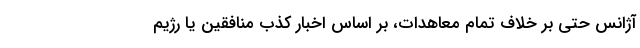
آژانس حتی بر خلاف تمام معاهدات، بر اساس اخبار کذب منافقین یا رژیم